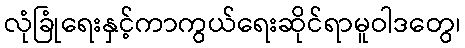
လုံခြုံရေးနှင့်ကာကွယ်ရေးဆိုင်ရာမူဝါဒတွေ၊